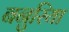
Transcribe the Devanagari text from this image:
बनुरिया